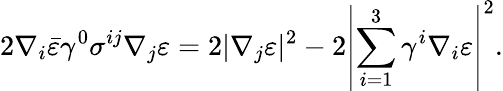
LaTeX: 2\nabla_{i}\bar{\varepsilon}\gamma^{0}\sigma^{ij}\nabla_{j}\varepsilon=2|\nabla_{j}\varepsilon|^{2}-2\left|\sum_{i=1}^{3}\gamma^{i}\nabla_{i}\varepsilon\right|^{2}.